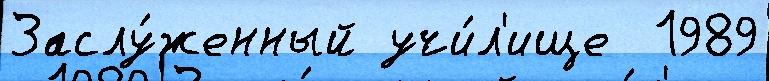
Заслу́женный учи́л'ище  1989